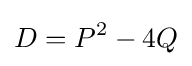
D=P^{2}-4Q